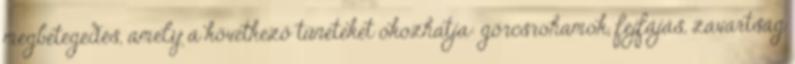
megbetegedés, amely a következő tüneteket okozhatja: görcsrohamok, fejfájás, zavartság